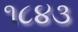
૧૮૪૩